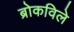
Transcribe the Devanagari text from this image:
ब्रोकविले